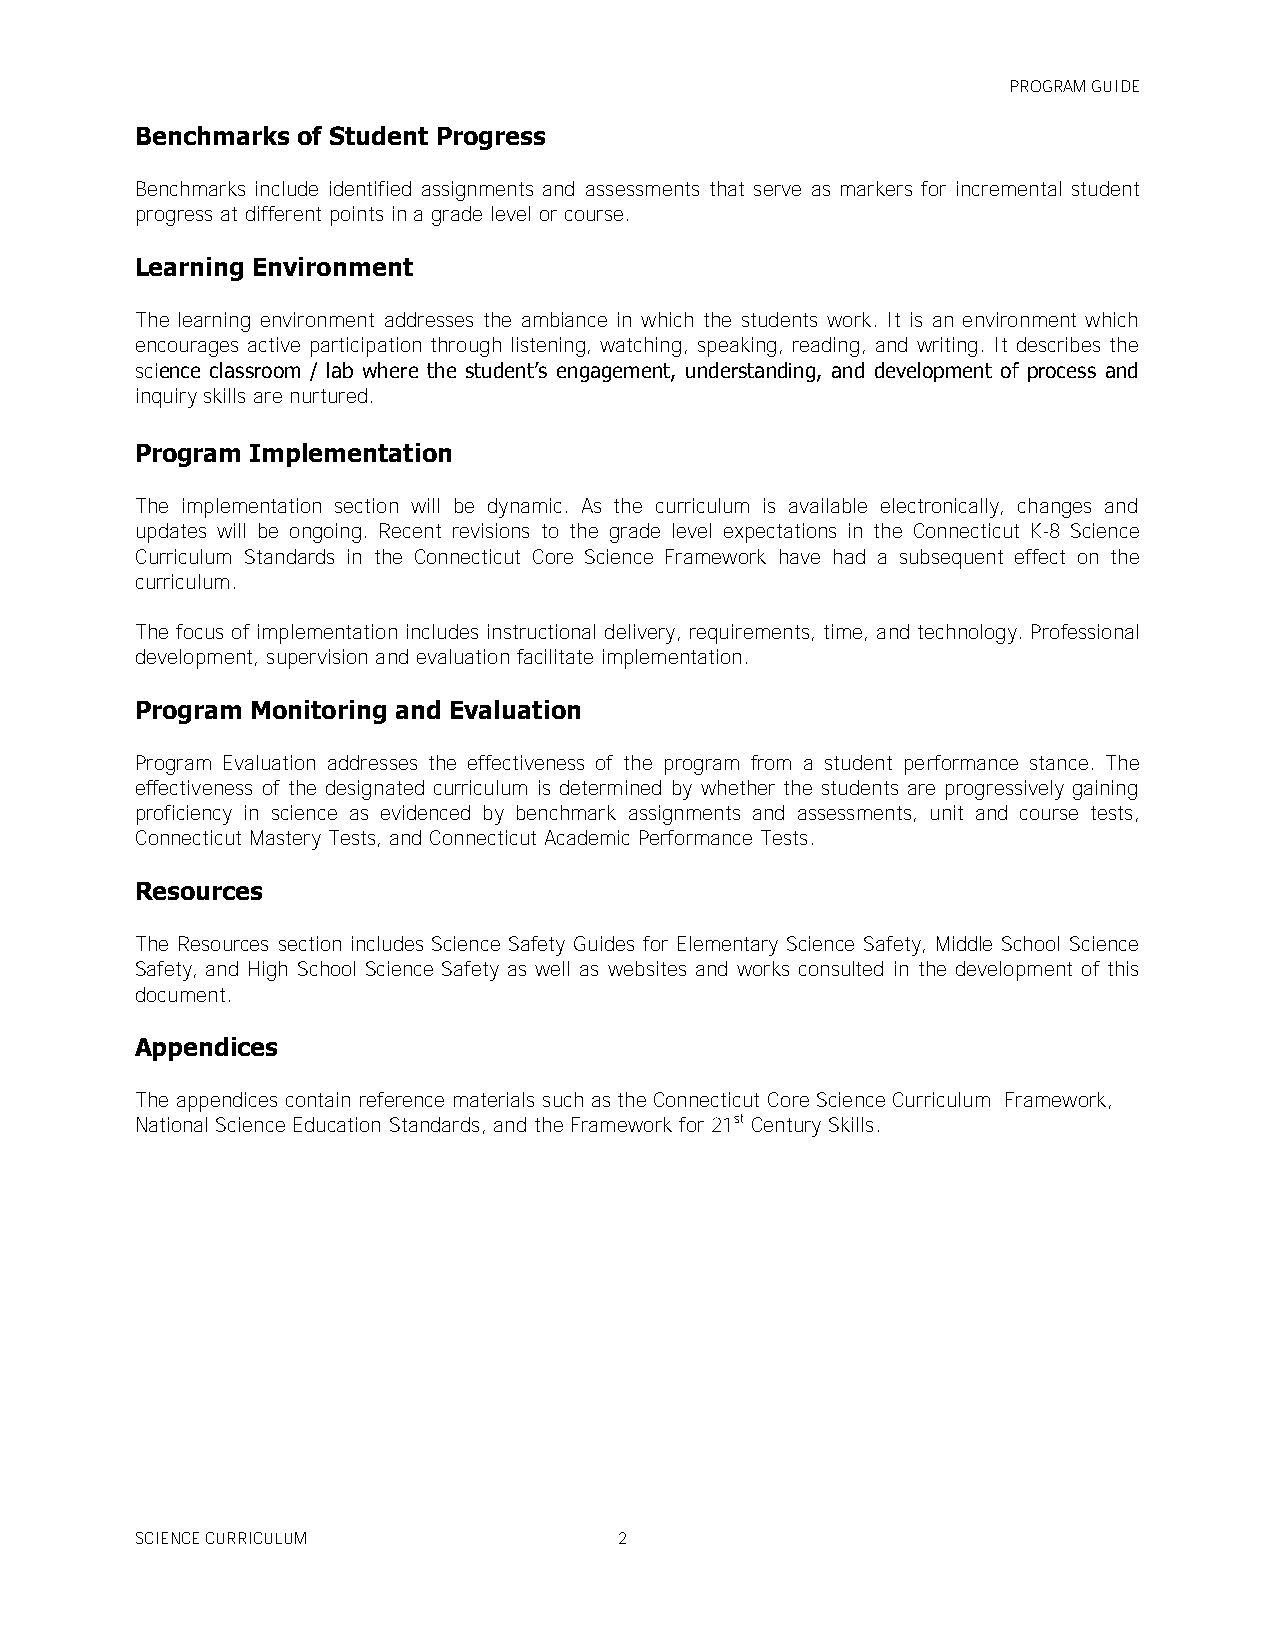
PROGRAM GUIDE
 Benchmarks of Student Progress
 Benchmarks include identified assignments and assessments that serve as markers for incremental student
 progress at different points in a grade level or course.
 Learning Environment
 The learning environment addresses the ambiance in which the students work. It is an environment which
 encourages active participation through listening, watching, speaking, reading, and writing. It describes the
 science classroom / lab where the student’s engagement, understanding, and development of process and
 inquiry skills are nurtured.
 Program Implementation
 The implementation section will be dynamic. As the curriculum is available electronically, changes and
 updates will be ongoing. Recent revisions to the grade level expectations in the Connecticut K-8 Science
 Curriculum Standards in the Connecticut Core Science Framework have had a subsequent effect on the
 curriculum.
 The focus of implementation includes instructional delivery, requirements, time, and technology. Professional
 development, supervision and evaluation facilitate implementation.
 Program Monitoring and Evaluation
 Program Evaluation addresses the effectiveness of the program from a student performance stance. The
 effectiveness of the designated curriculum is determined by whether the students are progressively gaining
 proficiency in science as evidenced by benchmark assignments and assessments, unit and course tests,
 Connecticut Mastery Tests, and Connecticut Academic Performance Tests.
 Resources
 The Resources section includes Science Safety Guides for Elementary Science Safety, Middle School Science
 Safety, and High School Science Safety as well as websites and works consulted in the development of this
 document.
 Appendices
 The appendices contain reference materials such as the Connecticut Core Science Curriculum Framework,
 National Science Education Standards, and the Framework for 21st Century Skills.
 SCIENCE CURRICULUM              2